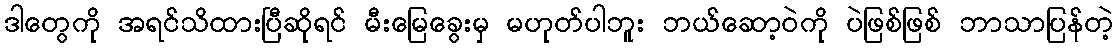
ဒါတွေကို အရင်သိထားပြီဆိုရင် မီးမြေခွေးမှ မဟုတ်ပါဘူး ဘယ်ဆော့ဝဲကို ပဲဖြစ်ဖြစ် ဘာသာပြန်တဲ့